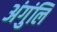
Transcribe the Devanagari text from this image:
अंगुंलि